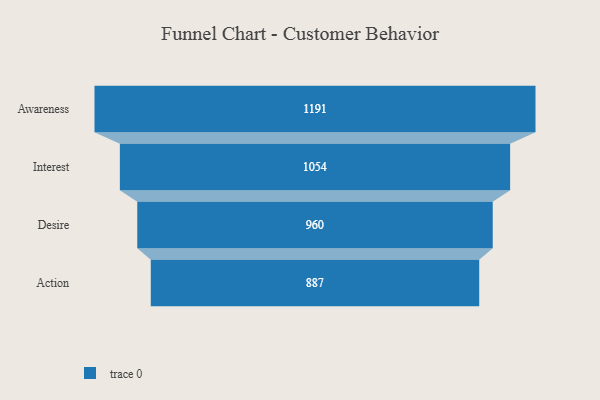
{"axis": {"x": "Stage", "y": "Value"}, "legend": [""], "data": [{"x": "Awareness", "y": 1191.0, "type": ""}, {"x": "Interest", "y": 1054.0, "type": ""}, {"x": "Desire", "y": 960.0, "type": ""}, {"x": "Action", "y": 887.0, "type": ""}]}